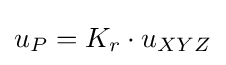
u_{P}=K_{r}\cdot u_{XYZ}